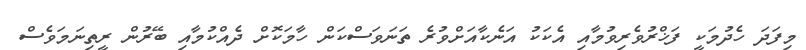
މިފަދަ ހެދުމަކީ ފަޚްރުވެރިވުމާއި އެކަކު އަނެކާއަށްވުރެ ތަނަވަސްކަން ހާމަކޮށް ދެއްކުމާއި ބޭރުން ރީތިނަމަވެސް